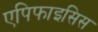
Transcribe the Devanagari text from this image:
एपिफाइसिस